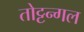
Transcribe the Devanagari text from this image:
तोट्टन्गल